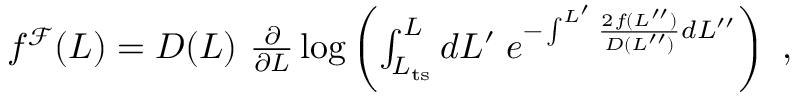
\begin{array} { r } { f ^ { \mathcal { F } } ( L ) = D ( L ) \ \frac { \partial } { \partial L } \log \left( \int _ { L _ { \mathrm { t s } } } ^ { L } d L ^ { \prime } \; e ^ { - \int ^ { L ^ { \prime } } \frac { 2 f ( L ^ { \prime \prime } ) } { D ( L ^ { \prime \prime } ) } d L ^ { \prime \prime } } \right) \ , } \end{array}